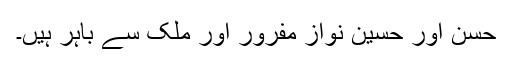
حسن اور حسین نواز مفرور اور ملک سے باہر ہیں۔